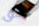
لحق